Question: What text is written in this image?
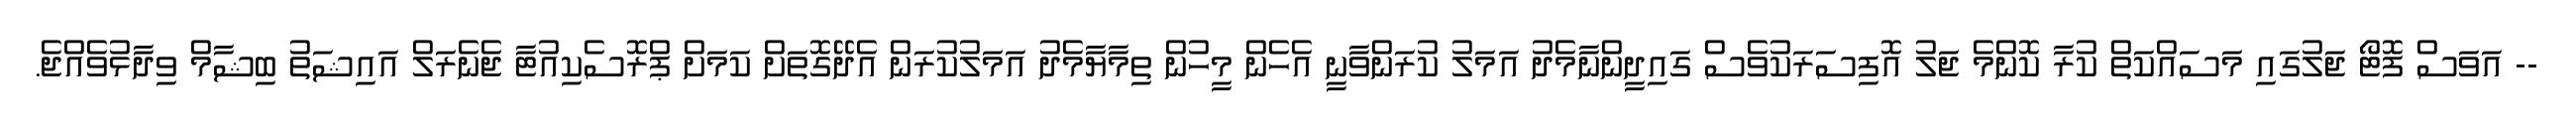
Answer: -- އަވަސް ފޮޓޯ ޖަލުގައި މަސައްކަތް ކުރާ ކޮންމެ ޖަލު އޮފިސަރަކުވެސް ގައިދީންނާމެދު އަމަލު ކުރަންވާނީ އެހެން މީހުން ތިމާޔާމެދު އަމަލުކުރަން އެދޭގޮތަށް ކަމަށް ޕްރޮސެކިއުޓާ ޖެނެރަލް އައިޝަތު ބިޝާމް ވިދާޅުވެއްޖެ.